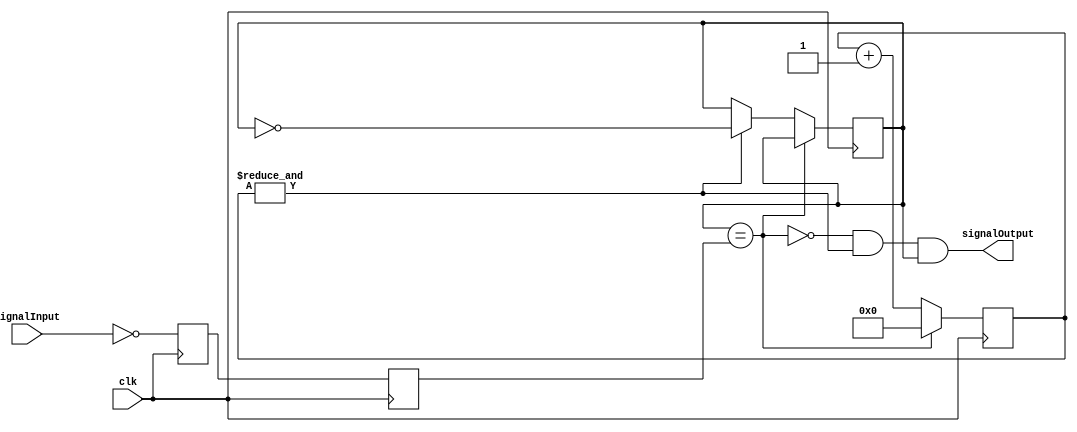
`timescale 1ns / 1ps

module debounce(

	input clk,
	input signalInput,
	output signalOutput
	
    );

// First use two flip-flops to synchronize the PB signal the "clk" clock domain
reg PB_sync_0;  always @(posedge clk) PB_sync_0 <= ~signalInput;  // invert PB to make PB_sync_0 active high
reg PB_sync_1;  always @(posedge clk) PB_sync_1 <= PB_sync_0;
reg PB_state;  // 1 as long as the push-button is active (down)

// Next declare a 16-bits counter
reg [17:0] PB_cnt;

// When the push-button is pushed or released, we increment the counter
// The counter has to be maxed out before we decide that the push-button state has changed

wire PB_idle = (PB_state==PB_sync_1);
wire PB_cnt_max = &PB_cnt;	// true when all bits of PB_cnt are 1's

always @(posedge clk)
if(PB_idle)
    PB_cnt <= 0;  // nothing's going on
else
begin
    PB_cnt <= PB_cnt + 18'd1;  // something's going on, increment the counter
    if(PB_cnt_max) PB_state <= ~PB_state;  // if the counter is maxed out, PB changed!
end

assign signalOutput   = ~PB_idle & PB_cnt_max &  PB_state;
	
endmodule